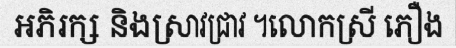
អភិរក្ស និងស្រាវជ្រាវ ។លោកស្រី ភឿង